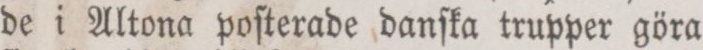
de i Altona poſterade danſka trupper göra